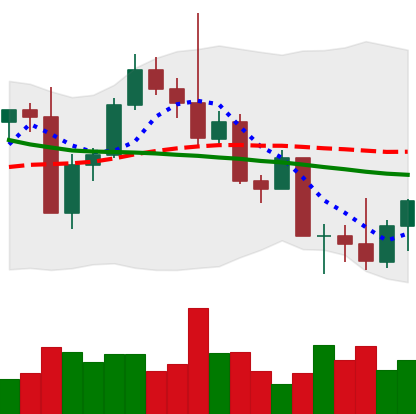
Ticker: LTC-USD
Chart end date: 2022-09-23
Forward return: -3.233%
Label: down_3_5